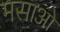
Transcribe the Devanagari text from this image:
मसाओ